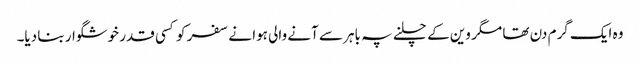
وہ ایک گرم دن تھا مگر وین کے چلنے پہ باہر سے آنے والی ہوا نے سفر کو کسی قدر خوشگوار بنا دیا۔